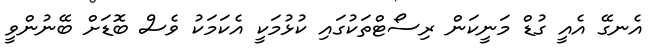
އެނގޭ އެއީ ގުޑް މަނީކަން ރިސޯޓްތަކުގައި ކުޅުމަކީ އެކަމަކު ވެސް ބޮޑަށް ބޭނުންވީ